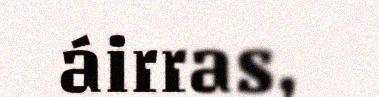
áirras,